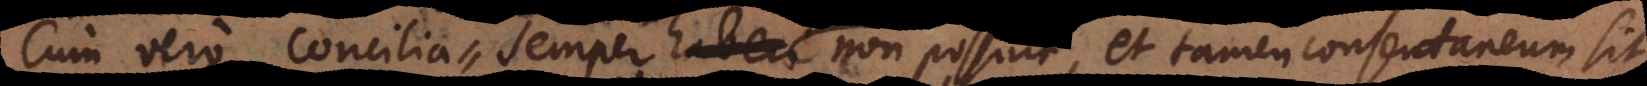
Cum vero concilia semper haberi non possint, utique necesse est